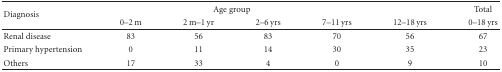
<table><thead><tr><td rowspan="2"><b>Diagnosis</b></td><td></td><td colspan="2"><b>Age group</b></td><td></td><td></td><td><b>Total</b></td></tr><tr><td><b>0–2 m</b></td><td><b>2 m–1 yr</b></td><td><b>2–6 yrs</b></td><td><b>7–11 yrs</b></td><td><b>12–18 yrs</b></td><td><b>0–18 yrs</b></td></tr></thead><tbody><tr><td>Renal disease</td><td>83</td><td>56</td><td>83</td><td>70</td><td>56</td><td>67</td></tr><tr><td>Primary hypertension</td><td>0</td><td>11</td><td>14</td><td>30</td><td>35</td><td>23</td></tr><tr><td>Others</td><td>17</td><td>33</td><td>4</td><td>0</td><td>9</td><td>10</td></tr></tbody></table>